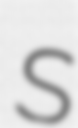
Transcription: S